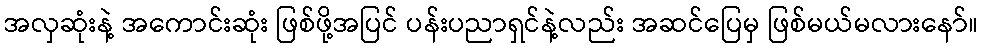
အလှဆုံးနဲ့ အကောင်းဆုံး ဖြစ်ဖို့အပြင် ပန်းပညာရှင်နဲ့လည်း အဆင်ပြေမှ ဖြစ်မယ်မလားနော်။